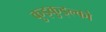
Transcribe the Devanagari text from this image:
कुइकुइल्को